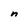
Character: n